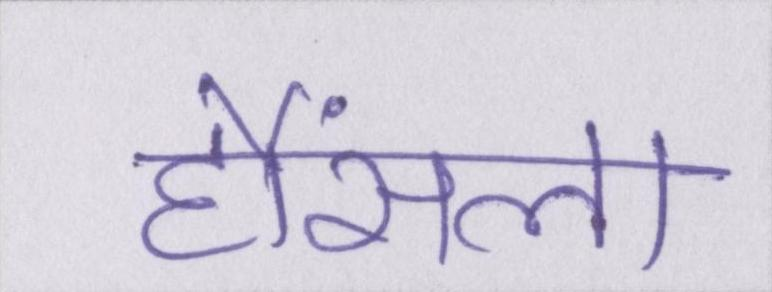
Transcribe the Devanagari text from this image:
हौंसला